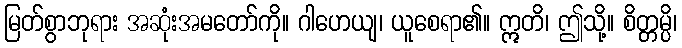
မြတ်စွာဘုရား အဆုံးအမတော်ကို။ ဂါဟေယျ၊ ယူစေရာ၏။ ဣတိ၊ ဤသို့။ စိတ္တမ္ပိ၊